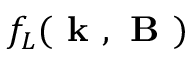
f _ { L } ( \textbf { k } , \textbf { B } )